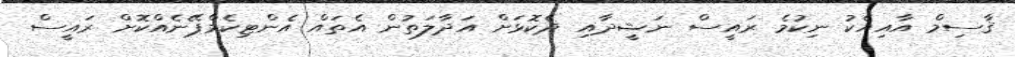
ޤާސިމް އާއިއެކު ނިކުމެ ރައީސް ނަޝީދާއި ދެކޮޅަށް އަދާލަތުން އެތައް އެންޓިކެމްޕޭނެއްކޮށް ރައީސް